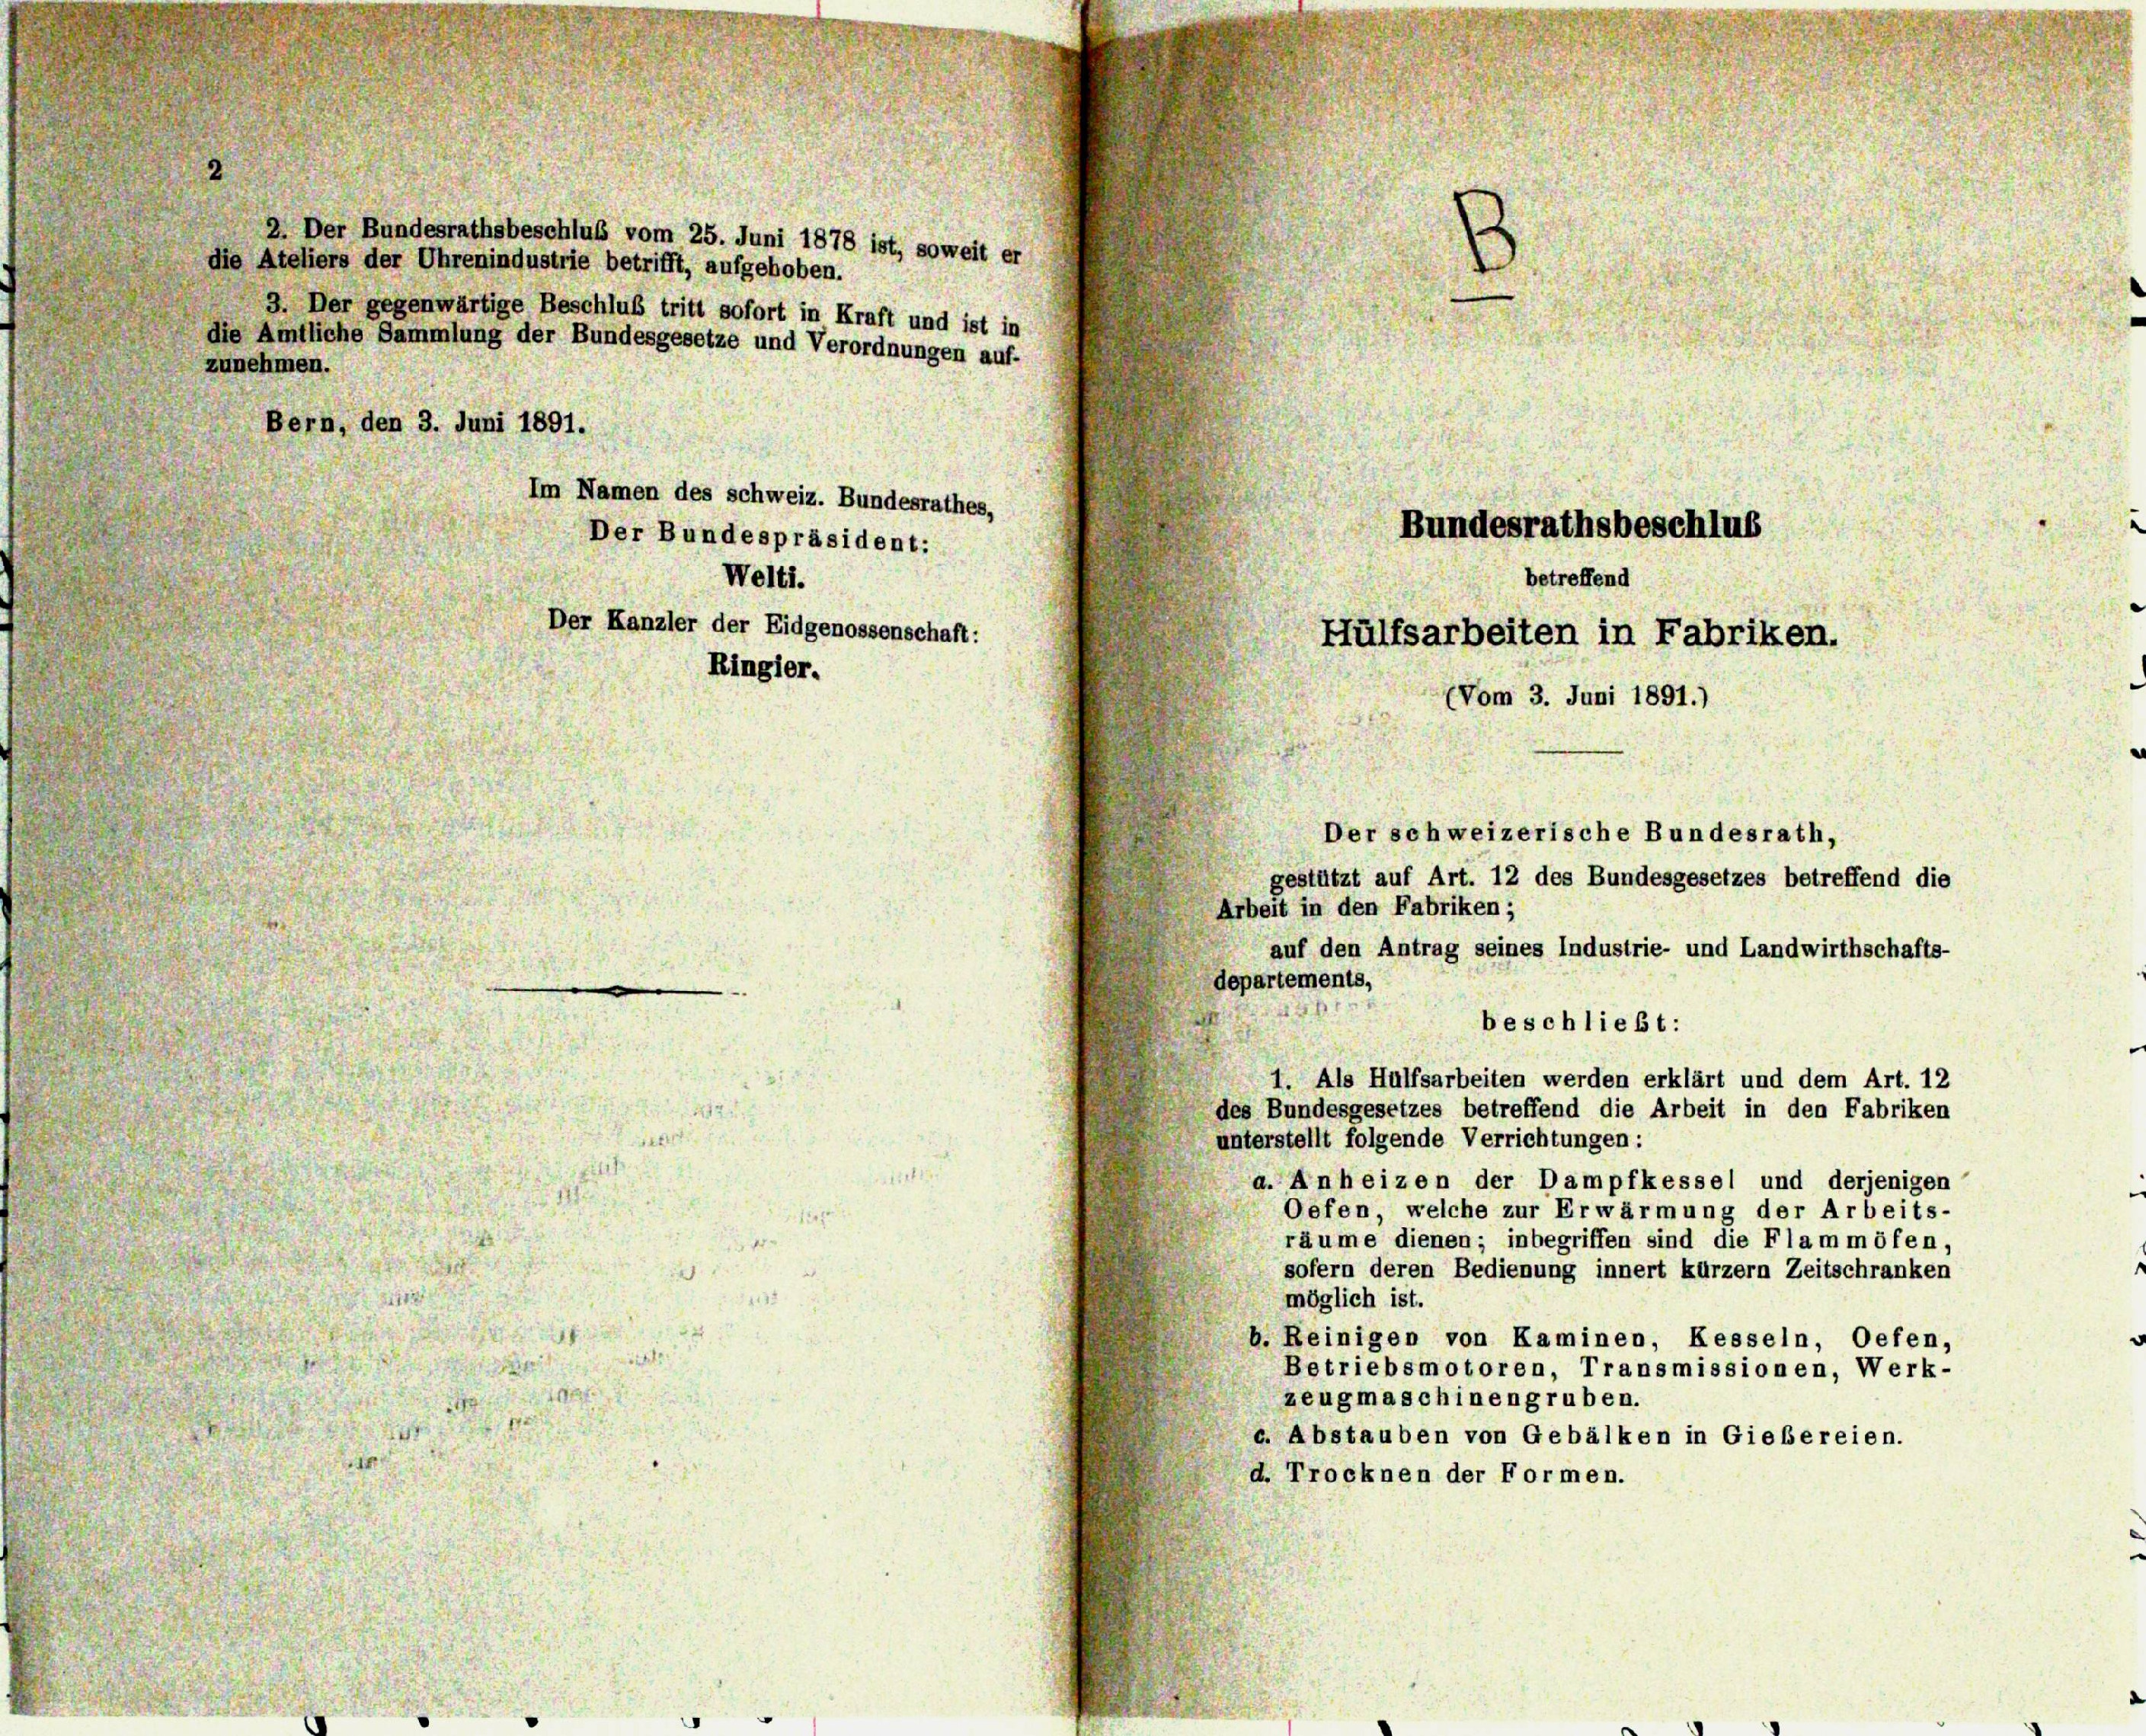
Bern, den 3. Juni 1891.
Im Namen des schweiz. Bundesrathes,
Der Bundespräsident:

2. Der Bundesrathsbeschluß vom 25. Juni 1878 ist, soweit er
3. Der gegenwärtige Beschluß tritt sofort in Kraft und ist in
die Amtliche Sammlung der Bundesgesetze und Verordnungen auf-

Ringier.

Der Kanzler der Eidgenossenschaft:

die Ateliers der Uhrenindustrie betrifft, aufgehoben.
zunehmen.

auf den Antrag seines Industrie- und Landwirthschafts-
departements,
beschließt:
1. Als Hülfsarbeiten werden erklärt und dem Art. 12
des Bundesgesetzes betreffend die Arbeit in den Fabriken
unterstellt folgende Verrichtungen:
a. Anheizen der Dampfkessel und derjenigen
Oefen welche zur Erwärmung der Arbeits-
räume dienen; inbegriffen sind die Flammöfen,
sofern deren Bedienung innert kürzern Zeitschranken
möglich ist.
b. Reinigen von Kaminen, Kesseln, Oefen,
Betriebsmotoren, Transmissionen, Werk-
zeugmaschinengruben.
c. Abstauben von Gebälken in Giebereien.
d. Trocknen der Formen.

Welti.

Bundesrathsbeschlus
betreffend
Hülfsarbeiten in Fabriken.
(Vom 3. Juni 1891.)
Der schweizerische Bundesrath,
gestützt auf Art. 12 des Bundesgesetzes betreffend die
Arbeit in den Fabriken ;